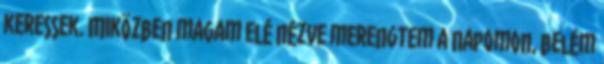
keressek. Miközben magam elé nézve merengtem a napomon, belém